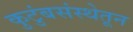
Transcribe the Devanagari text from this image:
कुटुंबसंस्थेतून